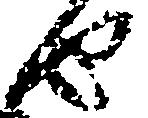
由